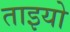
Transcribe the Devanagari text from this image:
ताइयो